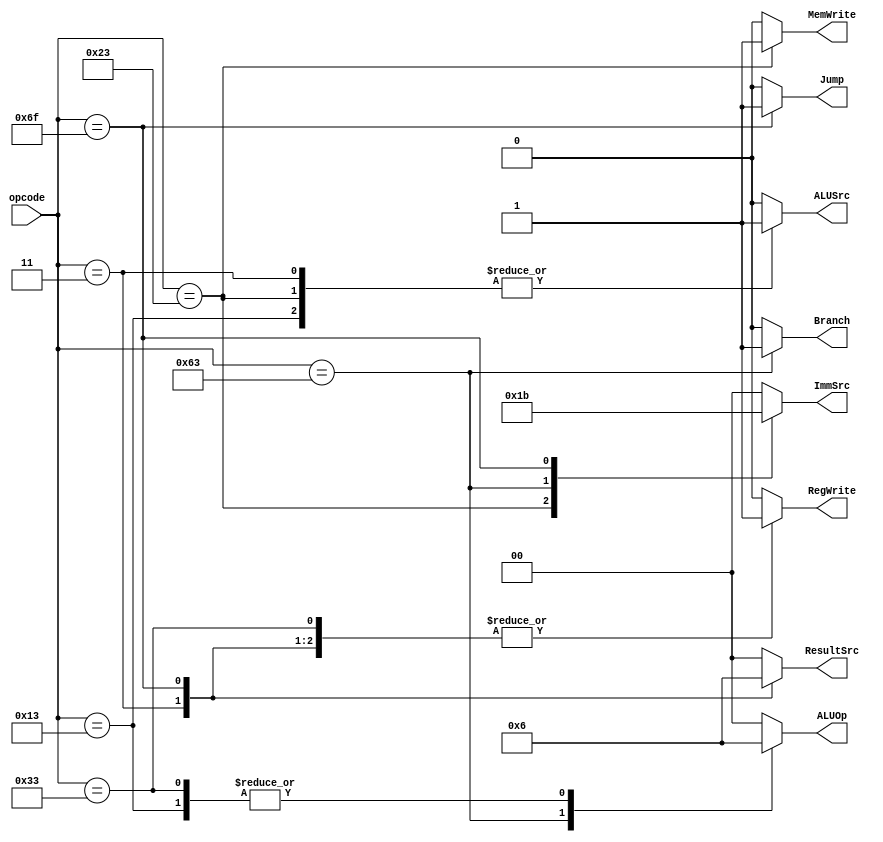
//////////////////////////////////////////
// 										//
// Name: Mo'men Alaa Aldeen Abd Alkader //
// Track: Digital IC Design				//
// Group: 3								//
//										//
//////////////////////////////////////////

module Main_Decoder #(parameter width =7)
(
input      [width-1:0] opcode,
output reg             Branch,
output reg             Jump,
output reg [1:0]       ResultSrc,
output reg             MemWrite,
output reg             ALUSrc,
output reg [1:0]       ImmSrc,
output reg             RegWrite,
output reg [1:0]       ALUOp
);

always @(*)
begin
 case(opcode)
	7'b0000011:begin
      RegWrite	=1'b1;    
      ImmSrc	=2'b00;
      ALUSrc	=1'b1;
      MemWrite  =1'b0;
      ResultSrc	=2'b01;
      Branch  	=1'b0;
      ALUOp		=2'b00;
      Jump   	=1'b0;
             end
	7'b0100011:begin
      RegWrite	=1'b0;    
      ImmSrc	=2'b01;
      ALUSrc	=1'b1;
      MemWrite  =1'b1;
      ResultSrc	=2'b00;
      Branch  	=1'b0;
      ALUOp		=2'b00;
      Jump   	=1'b0;
             end
	7'b0110011:begin
      RegWrite	=1'b1;    
      ImmSrc	=2'b00;
      ALUSrc	=1'b0;
      MemWrite  =1'b0;
      ResultSrc	=2'b00;
      Branch  	=1'b0;
      ALUOp		=2'b10;
      Jump   	=1'b0;
             end
	7'b1100011:begin
      RegWrite	=1'b0;    
      ImmSrc	=2'b10;
      ALUSrc	=1'b0;
      MemWrite  =1'b0;
      ResultSrc	=2'b00;
      Branch  	=1'b1;
      ALUOp		=2'b01;
      Jump   	=1'b0;
             end
	7'b0010011:begin
      RegWrite	=1'b1;    
      ImmSrc	=2'b00;
      ALUSrc	=1'b1;
      MemWrite  =1'b0;
      ResultSrc	=2'b00;
      Branch  	=1'b0;
      ALUOp		=2'b10;
      Jump   	=1'b0;
             end
	7'b1101111:begin
	  RegWrite	=1'b1;    
      ImmSrc	=2'b11;
      ALUSrc	=1'b0;
      MemWrite  =1'b0;
      ResultSrc	=2'b10;
      Branch  	=1'b0;
      ALUOp		=2'b00;
      Jump   	=1'b1;
             end
   default  :begin
      RegWrite	=1'b0;    
      ImmSrc	=2'b00;
      ALUSrc	=1'b0;
      MemWrite  =1'b0;
      ResultSrc	=2'b00;
      Branch  	=1'b0;
      ALUOp		=2'b00;
      Jump   	=1'b0;
             end
  
 endcase
end

endmodule